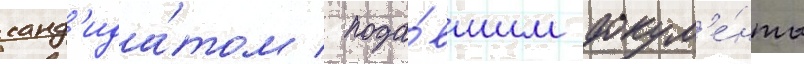
канд'ида́том / пода́вшим докум'е́нты